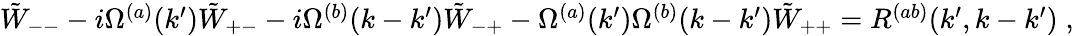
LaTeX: \begin{array}{r}{\tilde{W}_{--}-i\Omega^{(a)}(k^{\prime})\tilde{W}_{+-}-i\Omega^{(b)}(k-k^{\prime})\tilde{W}_{-+}-\Omega^{(a)}(k^{\prime})\Omega^{(b)}(k-k^{\prime})\tilde{W}_{++}=R^{(ab)}(k^{\prime},k-k^{\prime})\; ,}\end{array}